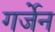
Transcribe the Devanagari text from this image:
गर्जेन